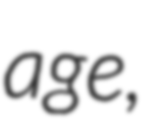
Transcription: age,